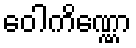
ဝေါကိဏ္ဏော